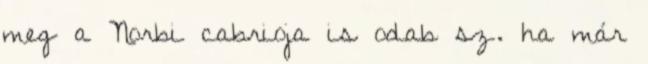
meg a Norbi cabrioja is odab sz. ha már